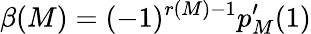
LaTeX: \beta(M)=(-1)^{r(M)-1}p_{M}^{\prime}(1)